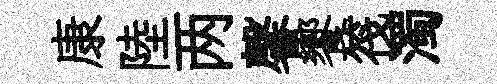
康陸两馨饗筏濁